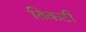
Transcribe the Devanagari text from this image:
तिकटी